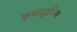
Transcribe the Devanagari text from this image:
कृपादृष्टीचा